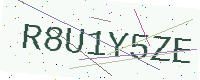
Text: R8U1Y5ZE